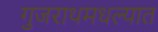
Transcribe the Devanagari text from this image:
गुजराथमधल्यात